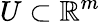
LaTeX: U\subset\mathbb{R}^{m}